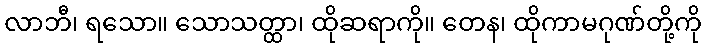
လာဘီ၊ ရသော။ သောသတ္ထာ၊ ထိုဆရာကို။ တေန၊ ထိုကာမဂုဏ်တို့ကို